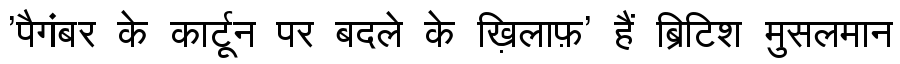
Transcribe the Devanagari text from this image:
'पैगंबर के कार्टून पर बदले के ख़िलाफ़' हैं ब्रिटिश मुसलमान